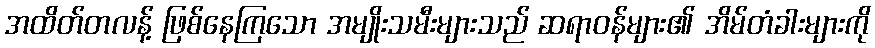
အထိတ်တလန့် ဖြစ်နေကြသော အမျိုးသမီးများသည် ဆရာဝန်များ၏ အိမ်တံခါးများကို